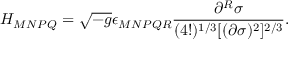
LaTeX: H _ { M N P Q } = \sqrt { - g } \epsilon _ { M N P Q R } \frac { \partial ^ { R } \sigma } { ( 4 ! ) ^ { 1 / 3 } [ ( \partial \sigma ) ^ { 2 } ] ^ { 2 / 3 } } .